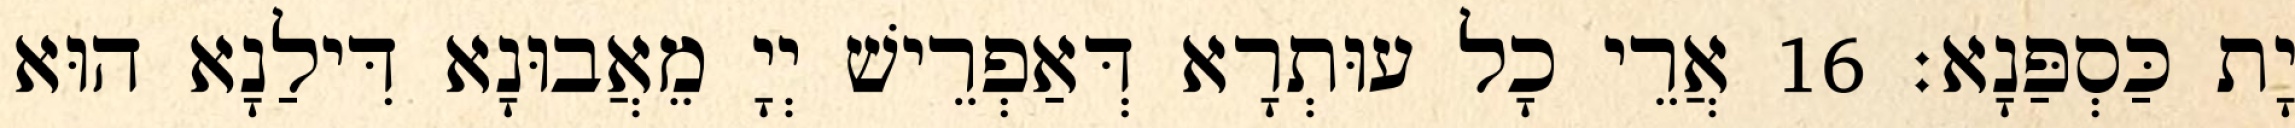
יָת כַּסְפַּנָא׃ 16 אֲרֵי כָל עוּתְרָא דְּאַפְרֵישׁ יְיָ מֵאֲבוּנָא דִּילַנָא הוּא